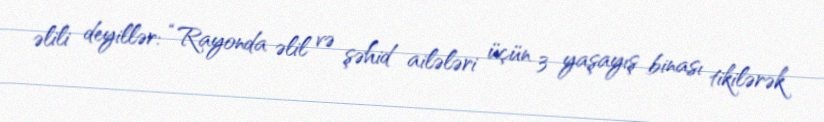
əlili deyillər: “Rayonda əlil və şəhid ailələri üçün 3 yaşayış binası tikilərək